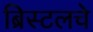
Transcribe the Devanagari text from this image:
ब्रिस्टलचे